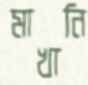
মাখানি